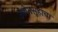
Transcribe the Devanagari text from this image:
उद्योगसूहाचा